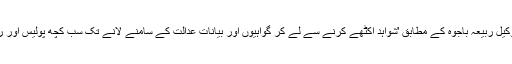
لاہور میں انسانی حقوق کی وکیل ربیعہ باجوہ کے مطابق 'شواہد اکٹھے کرنے سے لے کر گواہیوں اور بیانات عدالت کے سامنے لانے تک سب کچھ پولیس اور ریاست کے ہاتھ میں ہوتا ہے۔